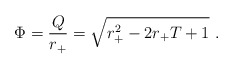
\begin{align*}\Phi={Q\over r_+}=\sqrt{r_+^2-2r_+T+1}\ .\end{align*}